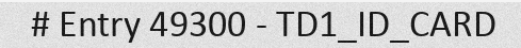
# Entry 49300 - TD1_ID_CARD